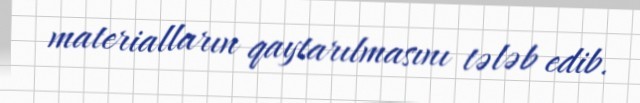
materialların qaytarılmasını tələb edib.